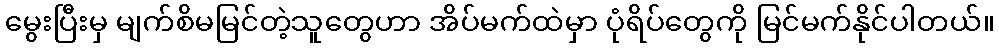
မွေးပြီးမှ မျက်စိမမြင်တဲ့သူတွေဟာ အိပ်မက်ထဲမှာ ပုံရိပ်တွေကို မြင်မက်နိုင်ပါတယ်။